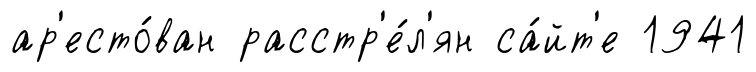
ар'есто́ван расстр'е́л'ян са́йт'е 1941